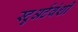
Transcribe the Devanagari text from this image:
स्टुअर्टवंशी